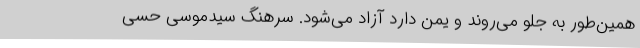
همین‌طور به جلو می‌روند و یمن دارد آزاد می‌شود. سرهنگ سیدموسی حسی